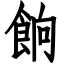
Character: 餉